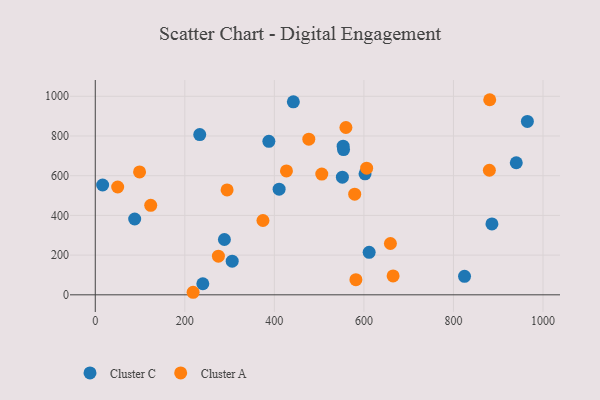
{"axis": {"x": "Investment", "y": "Sales"}, "legend": ["Cluster A", "Cluster C"], "data": [{"x": "16.4", "y": 553.0, "type": "Cluster C"}, {"x": "233.3", "y": 806.9, "type": "Cluster C"}, {"x": "965.1", "y": 873.1, "type": "Cluster C"}, {"x": "551.9", "y": 592.4, "type": "Cluster C"}, {"x": "824.7", "y": 93.3, "type": "Cluster C"}, {"x": "88.0", "y": 381.8, "type": "Cluster C"}, {"x": "940.3", "y": 665.1, "type": "Cluster C"}, {"x": "442.4", "y": 972.2, "type": "Cluster C"}, {"x": "288.4", "y": 278.5, "type": "Cluster C"}, {"x": "602.5", "y": 609.6, "type": "Cluster C"}, {"x": "553.6", "y": 748.7, "type": "Cluster C"}, {"x": "611.7", "y": 213.9, "type": "Cluster C"}, {"x": "387.7", "y": 773.0, "type": "Cluster C"}, {"x": "554.5", "y": 731.5, "type": "Cluster C"}, {"x": "885.9", "y": 357.2, "type": "Cluster C"}, {"x": "240.2", "y": 55.7, "type": "Cluster C"}, {"x": "305.8", "y": 169.6, "type": "Cluster C"}, {"x": "410.6", "y": 532.1, "type": "Cluster C"}, {"x": "98.9", "y": 619.1, "type": "Cluster A"}, {"x": "218.5", "y": 12.8, "type": "Cluster A"}, {"x": "50.0", "y": 543.1, "type": "Cluster A"}, {"x": "606.1", "y": 638.0, "type": "Cluster A"}, {"x": "123.8", "y": 450.6, "type": "Cluster A"}, {"x": "505.9", "y": 608.0, "type": "Cluster A"}, {"x": "582.1", "y": 76.2, "type": "Cluster A"}, {"x": "476.9", "y": 783.8, "type": "Cluster A"}, {"x": "579.4", "y": 506.9, "type": "Cluster A"}, {"x": "881.0", "y": 982.6, "type": "Cluster A"}, {"x": "294.4", "y": 528.1, "type": "Cluster A"}, {"x": "880.2", "y": 627.3, "type": "Cluster A"}, {"x": "659.2", "y": 258.5, "type": "Cluster A"}, {"x": "275.0", "y": 194.7, "type": "Cluster A"}, {"x": "559.8", "y": 842.6, "type": "Cluster A"}, {"x": "374.5", "y": 374.2, "type": "Cluster A"}, {"x": "427.0", "y": 624.0, "type": "Cluster A"}, {"x": "665.2", "y": 95.3, "type": "Cluster A"}]}